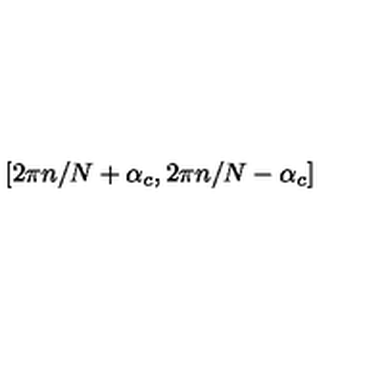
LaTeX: [ 2 \pi n / N + \alpha _ { c } , 2 \pi n / N - \alpha _ { c } ]